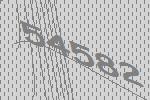
54582